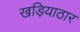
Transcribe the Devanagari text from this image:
खड़ियाठार